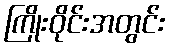
ကြိုးဝိုင်းအတွင်း